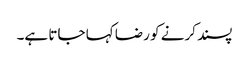
پسند کرنے کو رضا کہا جاتا ہے۔